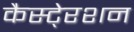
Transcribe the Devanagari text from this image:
कैस्टे्रशन